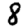
Digit: 8